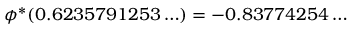
\phi ^ { \ast } ( 0 . 6 2 3 5 7 9 1 2 5 3 \ldots ) = - 0 . 8 3 7 7 4 2 5 4 \ldots